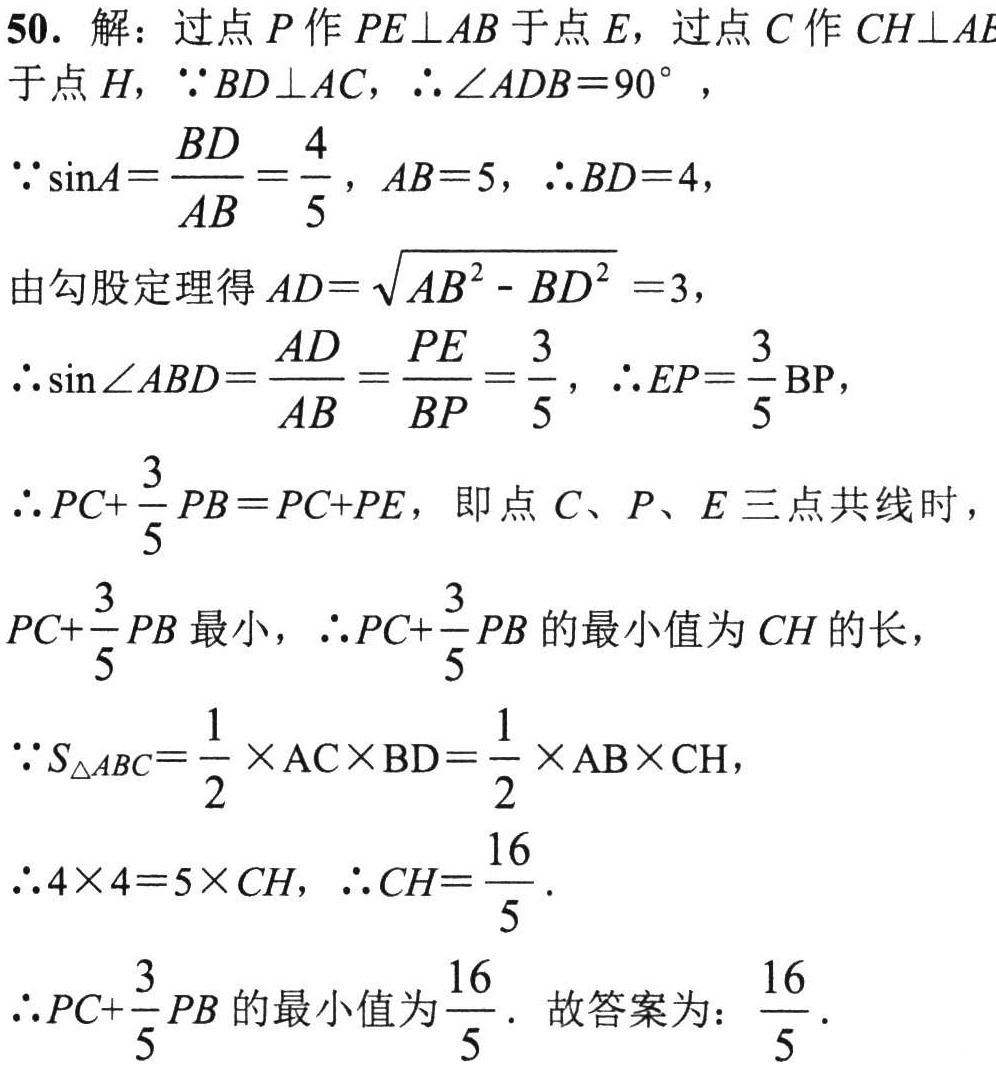
50. 解：过点\(P\)作\(PE\perp AB\)于点\(E\)，过点\(C\)作\(CH\perp AE\)于点\(H\)，\(\because BD\perp AC\)，\(\therefore \angle ADB = 90^{\circ}\)，
\(\because \sin A=\frac{BD}{AB}=\frac{4}{5}\)，\(AB = 5\)，\(\therefore BD = 4\)，
由勾股定理得\(AD=\sqrt{AB^{2}-BD^{2}} = 3\)，
\(\therefore \sin\angle ABD=\frac{AD}{AB}=\frac{PE}{BP}=\frac{3}{5}\)，\(\therefore EP=\frac{3}{5}BP\)，
\(\therefore PC+\frac{3}{5}PB = PC + PE\)，即点\(C\)、\(P\)、\(E\)三点共线时，
\(PC+\frac{3}{5}PB\)最小，\(\therefore PC+\frac{3}{5}PB\)的最小值为\(CH\)的长，
\(\because S_{\triangle ABC}=\frac{1}{2}\times AC\times BD=\frac{1}{2}\times AB\times CH\)，
\(\therefore 4\times 4 = 5\times CH\)，\(\therefore CH=\frac{16}{5}\)．
\(\therefore PC+\frac{3}{5}PB\)的最小值为\(\frac{16}{5}\)．故答案为：\(\frac{16}{5}\)．